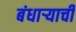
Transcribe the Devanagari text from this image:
बंधाऱ्याची